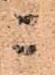
ニ